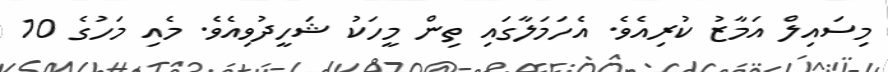
މިސައިލް އަމާޒު ކުރިއެވެ. އެހަމަލާގައި ތިން މީހަކު ޝަހީދުވިއެވެ. މެއި މަހުގެ 10